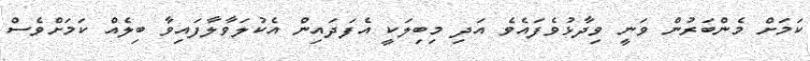
ކަމަށް މެންބަރުން ވަނީ ވިދާޅުވެފައެވެ އަދި މިބިލަކީ އެފަދައިން އެކުލަވާލާފައިވާ ބިލެއް ކަމަށްވެސް